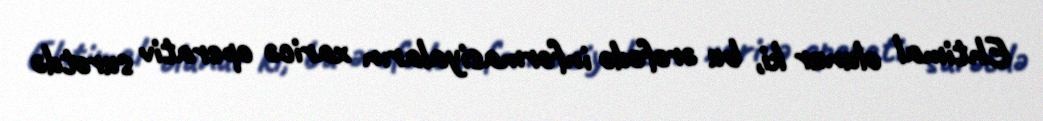
Ehtimal olunur ki, bu ərəfədə informasiyaların xaricə operativ surətdə